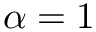
\alpha = 1